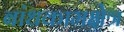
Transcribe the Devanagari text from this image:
बांधकामक्षेत्र